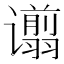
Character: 𫍿